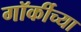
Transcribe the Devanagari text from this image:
गॉर्कीच्या